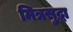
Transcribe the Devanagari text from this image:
मित्रसुद्धा